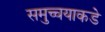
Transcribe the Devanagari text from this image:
समुच्चयाकडे